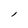
Character: l